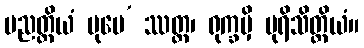
ပညတ္တိယံ ပုမေ’ ဿတ္ထ၊ ရုက္ခမှိ ပုရိသိတ္ထိယံ။